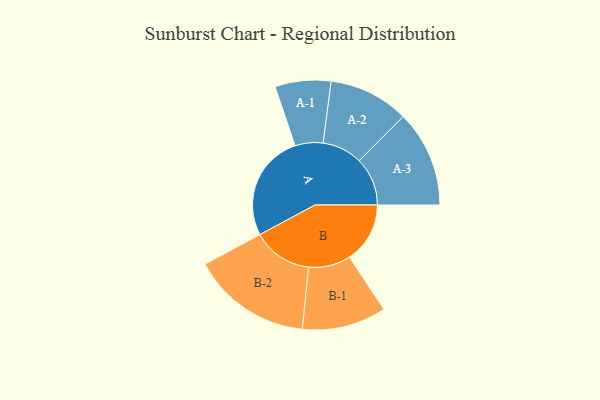
{"axis": {"x": "Segment", "y": "Value"}, "legend": ["", "A", "B"], "data": [{"x": "A", "y": 497, "type": ""}, {"x": "B", "y": 282, "type": ""}, {"x": "A-1", "y": 130, "type": "A"}, {"x": "A-2", "y": 187, "type": "A"}, {"x": "A-3", "y": 225, "type": "A"}, {"x": "B-1", "y": 196, "type": "B"}, {"x": "B-2", "y": 279, "type": "B"}]}